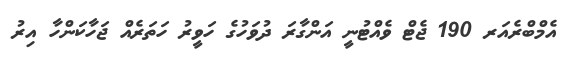
އެމްބްރެއަރ 190 ޖެޓް ވެއްޓުނީ އަންގާރަ ދުވަހުގެ ހަވީރު ހަތަރެއް ޖަހާކަންހާ އިރު